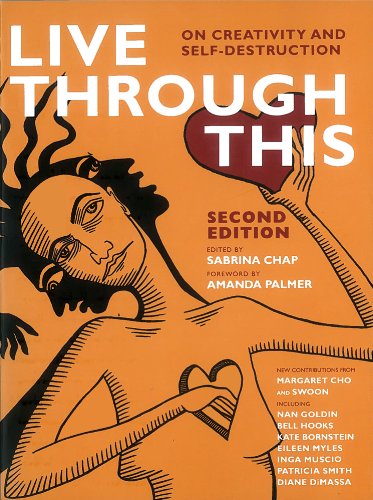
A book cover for Live Through This: On Creativity and Self-Destruction; Arts & Photography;